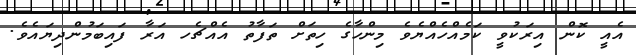
އެއީ ކޮން އިރަކުވީ ކަމެއްހެއްޔެވެ މިންހާގެ ހިތަށް ތަފާތު އެއްޗެހ އަރާ ފައިބަމުންދިޔައެވެ.